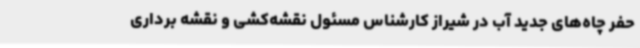
حفر چاه‌های جدید آب در شیراز کارشناس مسئول نقشه‌کشی و نقشه برداری